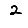
Digit: 2